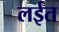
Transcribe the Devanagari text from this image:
लईत